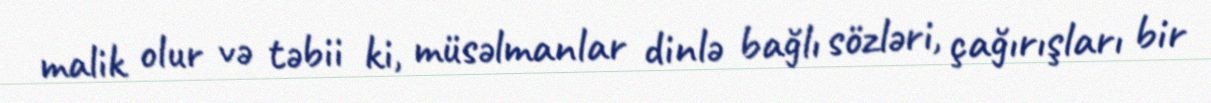
malik olur və təbii ki, müsəlmanlar dinlə bağlı sözləri, çağırışları bir